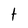
Character: t